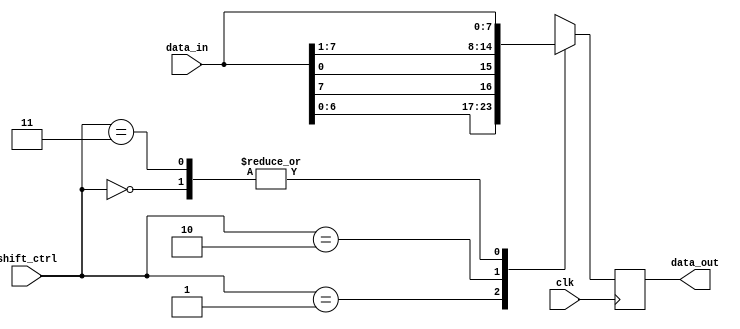
module shift_register (
  input [7:0] data_in,
  input [1:0] shift_ctrl,
  output reg [7:0] data_out,
  input clk
);

always @(posedge clk) begin
  case(shift_ctrl)
    2'b00: data_out <= data_in; // No shift
    2'b01: data_out <= {data_in[6:0], data_in[7]}; // Shift right by 1 position
    2'b10: data_out <= {data_in[0], data_in[7:1]}; // Shift left by 1 position
    2'b11: data_out <= data_in; // No shift
  endcase
end

endmodule